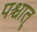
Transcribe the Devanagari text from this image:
पश्चात््